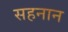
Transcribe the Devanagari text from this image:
सहनान